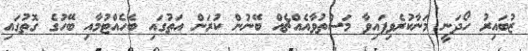
ޒުބައިރު ހޯދަނީ މަނާކުރެވިފައިވާ މަސްތުވާއެއްޗެއް ބޭނުން ކުރަން އަތުގައި ބެހެއްޓުމާއި ބޭހުގެ ގޮތުގައި